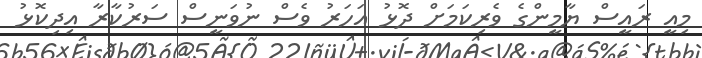
މިއީ ރައީސް ޔާމީންގެ ވެރިކަމަށް ދޮޅު އަހަރު ވެސް ނުވަނީސް ސަރުކާރާ އިދިކޮޅު